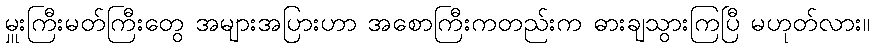
မှူးကြီးမတ်ကြီးတွေ အများအပြားဟာ အစောကြီးကတည်းက ဓားချသွားကြပြီ မဟုတ်လား။